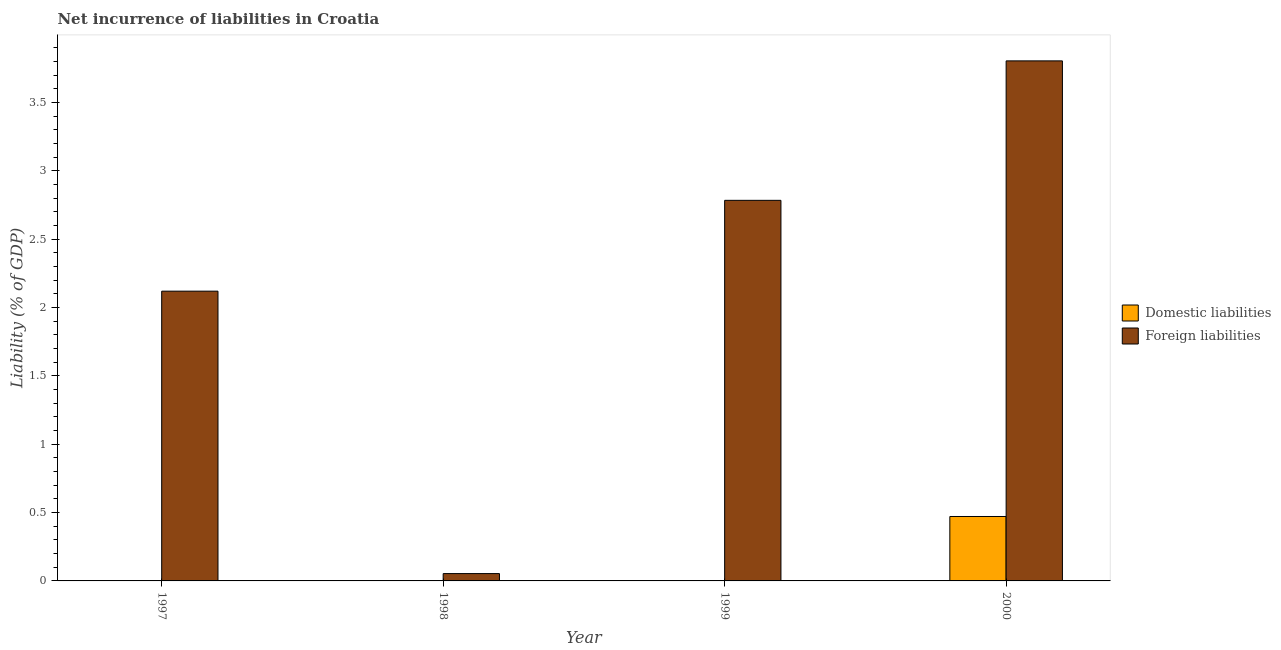
| Year | Domestic liabilities | Foreign liabilities |
 | --- | --- | --- |
 | 1997 | -1.12 | 2.12 |
 | 1998 | -0.589 | 0.0536 |
 | 1999 | -1.1 | 2.78 |
 | 2000 | 0.471 | 3.81 |